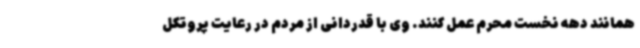
همانند دهه نخست محرم عمل کنند. وی با قدردانی از مردم در رعایت پروتکل